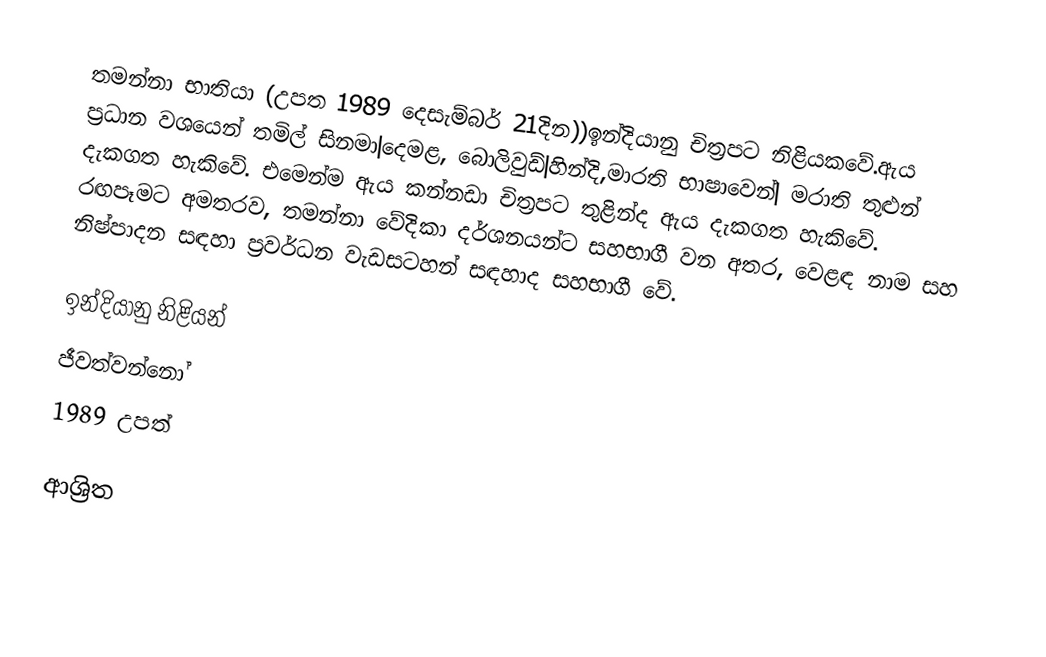
තමන්නා භාතියා (උපත 1989 දෙසැම්බර් 21දින))ඉන්දියානු චිත්‍රපට නිළියකවේ.ඇය ප්‍රධාන වශයෙන් තමිල් සිනමා|දෙමළ, බොලිවුඩ්|හින්දි,මාරති භාෂාවෙන්| මරාති තුළුන් දැකගත හැකිවේ. එමෙන්ම ඇය කන්නඩා චිත්‍රපට තුළින්ද ඇය දැකගත හැකිවේ. රඟපෑමට අමතරව, තමන්නා වේදිකා දර්ශනයන්ට සහභාගී වන අතර, වෙළඳ නාම සහ නිෂ්පාදන සඳහා ප්‍රවර්ධන වැඩසටහන් සඳහාද සහභාගී වේ.

ඉන්දියානු නිළියන්
ජීවත්වන්නෝ
1989 උපත්

ආශ්‍රිත